Annual administration report of the Civil Veterinary Department of India - 1892-1893
Year: 1892
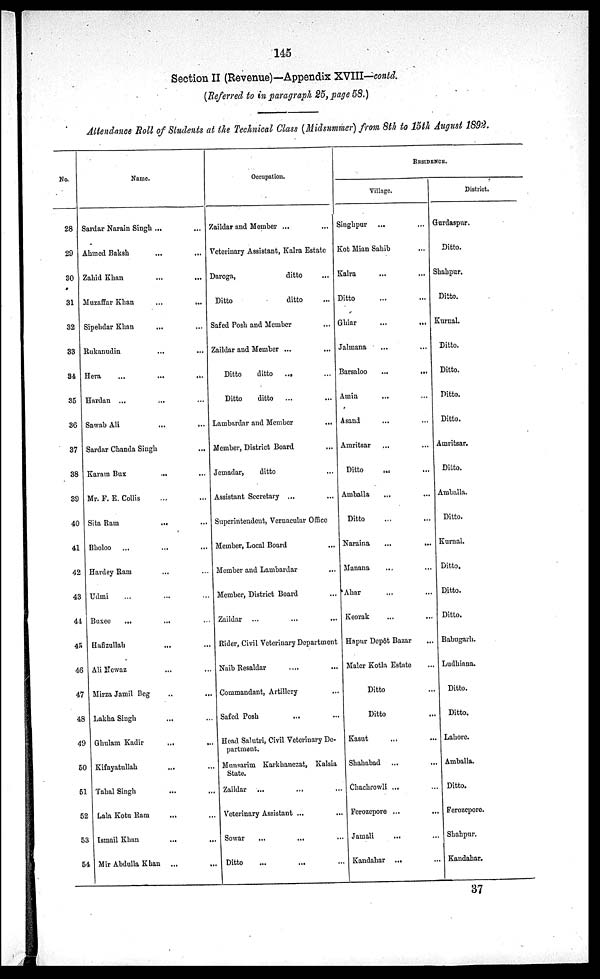
145
Section II (Revenue)—Appendix XVIII—contd.
(Referred to in paragraph 25, page 58.)
Attendance Roll of Students at the Technical Class (Midsummer) from 8th to 15th August 1892.
No.
28
29
30
31
32
33
34
35
36
37
38
39
40
41
42
43
44
45
46
47
48
49
50
51
52
53
54
Name.
Sardar Narain Singli ... ...
Ahmed Baksh ... ...
Zaliid Khan ... ...
Muzaffar Khan
...
...
Sipehdar Khan ... ...
Rukanudin ... ...
Hera
...
...
Hardan
...
...
Sawab Ali ... ...
Sardar Chanda Singh ...
Karam Bux ... ...
Mr. P. E. Collis ... ...
Sita Ram
...
...
Bholoo
...
...
Hardey Ram ... ...
Udmi ... ... ...
Buxee ... ... ...
Hafizullah ... ...
Ali Newaz ... ...
Mirza Jamil Beg ... ...
Lakha Singh ... ...
Ghulam Kadir
...
...
Kifayatullah ... ...
Tahal Singh ... ...
Lala Kotu Ram ... ...
Ismail Khan
...
...
Mir Abdulla Khan ... ...
Occupation.
Zaildar and Member ... ...
Veterinary Assistant, Kalra Estate
Daroga,
ditto ...
Ditto
ditto ...
Safed Posh and Member ...
Zaildar and Member ...
Ditto
ditto ... ...
Ditto
ditto ... ...
Lambardar and Member
Member, District Board ...
Jemadar,
ditto ...
Assistant Seeretary ... ...
Superintendent, Vernacular Office
Member, Local Board ...
Member and Lambardar ...
Member, District Board ...
Zaildar ... ... ...
Rider, Civil Veterinary Department
Naib Resaldar ... ...
Commandant, Artillery ...
Safed Posh ... ...
Head Salutri, Civil Veterinary De-
partment.
Munsarim Karkhanezat, Kalsia
State.
Zaildar
...
...
...
Veterinary Assistant ... ...
Sowar
...
...
...
Ditto ... ... ...
RESIDENCE .
Village.
Singhpur ... ...
Kot Mian Sahib ...
Kalra ... ...
Ditto ... ...
Ghiar
...
...
Jalmana ... ...
Barsaloo
...
...
Amin ... ...
Asand ... ...
Amritsar ... ...
Ditto ... ...
Amballa ... ...
Ditto ... ...
Karaina ... ...
Manana ... ...
Ahar ... ...
Keorak ... ...
Ha pur Depôt Bazar ...
Maler Kotla Estate ...
Ditto ...
Ditto ...
Kasut
...
Shahabad ... ...
Chachrowli ... ...
Ferozepore
...
...
Jamali ... ...
Kandahar ... ...
District.
Gurdaspur.
Ditto.
Shahpur.
Ditto.
Kurnal.
Ditto.
Ditto.
Ditto.
Ditto.
Amritsar.
Ditto.
Amballa.
Ditto.
Kurnal.
Ditto.
Ditto.
Ditto.
Babugarh.
Ludhiana.
Ditto.
Ditto.
Lahore.
Amballa.
Ditto.
Ferozepore.
Shahpur.
Kandahar.
37